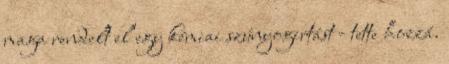
maga rendelt el egy kémiai szúnyogirtást - tette hozzá.